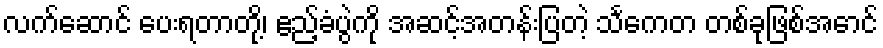
လက်ဆောင် ပေးရတာတို့၊ ဧည့်ခံပွဲကို အဆင့်အတန်းပြတဲ့ သင်္ကေတ တစ်ခုဖြစ်အောင်